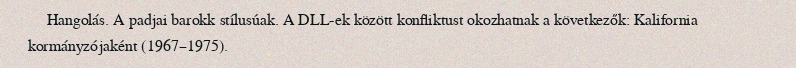
Hangolás. A padjai barokk stílusúak. A DLL-ek között konfliktust okozhatnak a következők: Kalifornia kormányzójaként (1967–1975).